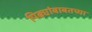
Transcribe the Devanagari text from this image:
पिढ्यांबाबतच्या